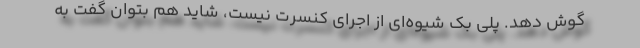
گوش دهد. پلی بک شیوه‌ای از اجرای کنسرت نیست، شاید هم بتوان گفت به